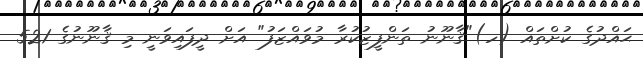
ޙައްދުގެ ކުށްތައް (ހ)"ޤާނޫނު ތަންފީޒުކުރާ މުވައްޒަފު" އަށް ދީފައިވަނީ މި ޤާނޫނުގެ 521